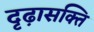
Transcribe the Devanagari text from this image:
दृढ़ासक्ति